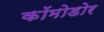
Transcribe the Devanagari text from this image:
कॉमोडोर